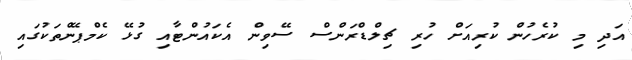
އަދި މި ކުރެހުން ކުރިއަށް ހުރި ޗިލްޑްރަންސް ސޭވިން އެކައުންޓާއި ގުޅޭ ކެމްޕޭންތަކުގައި